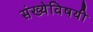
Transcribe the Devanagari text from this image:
संख्येविषयी